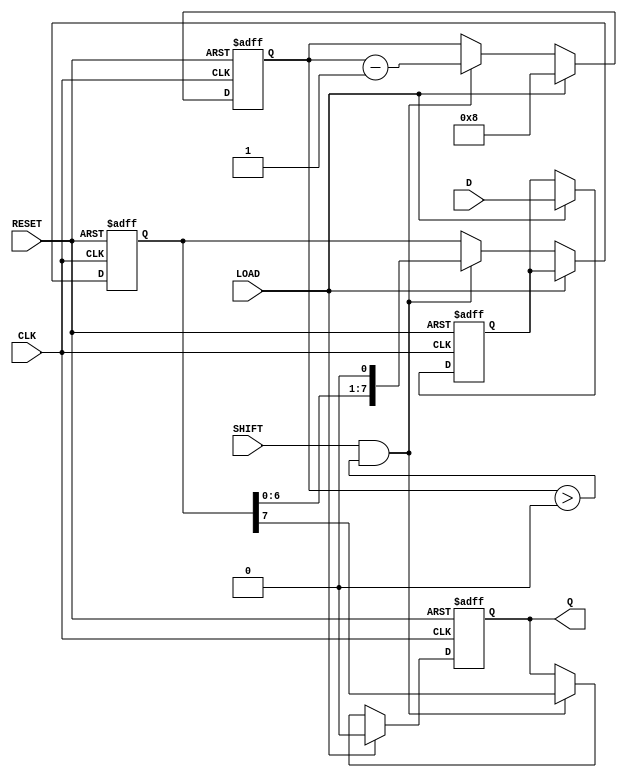
module TwoStagePISO #(
    parameter N = 8  // Define the width of the register (number of bits)
) (
    input wire [N-1:0] D,   // Parallel data input
    input wire LOAD,         // Load signal
    input wire SHIFT,        // Shift signal
    input wire CLK,          // Clock signal
    input wire RESET,        // Asynchronous reset signal
    output reg Q            // Serial output
);

    reg [N-1:0] stage1;     // Input stage storage
    reg [N-1:0] stage2;     // Output stage storage
    reg [3:0] bit_count;     // Counter for number of bits shifted

    // Asynchronous reset and parallel load on LOAD signal
    always @(posedge CLK or posedge RESET) begin
        if (RESET) begin
            stage1 <= 0;
            stage2 <= 0;
            bit_count <= 0;
            Q <= 0;
        end else if (LOAD) begin
            stage1 <= D;       // Load data into stage1
            stage2 <= stage1;  // Transfer from stage1 to stage2
            bit_count <= N;     // Initialize bit count
            Q <= 0;            // Clear serial output
        end else if (SHIFT && bit_count > 0) begin
            Q <= stage2[N-1];  // Shift out the most significant bit
            stage2 <= {stage2[N-2:0], 1'b0}; // Shift left
            bit_count <= bit_count - 1; // Decrement bit count
        end
    end

endmodule